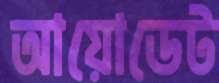
আয়োডেট